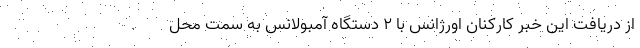
از دریافت این خبر کارکنان اورژانس با ۲ دستگاه آمبولانس به سمت محل